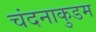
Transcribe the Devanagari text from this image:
चंदनाकुडम